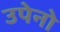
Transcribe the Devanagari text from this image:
उपेनो